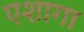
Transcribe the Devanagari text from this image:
एशागा